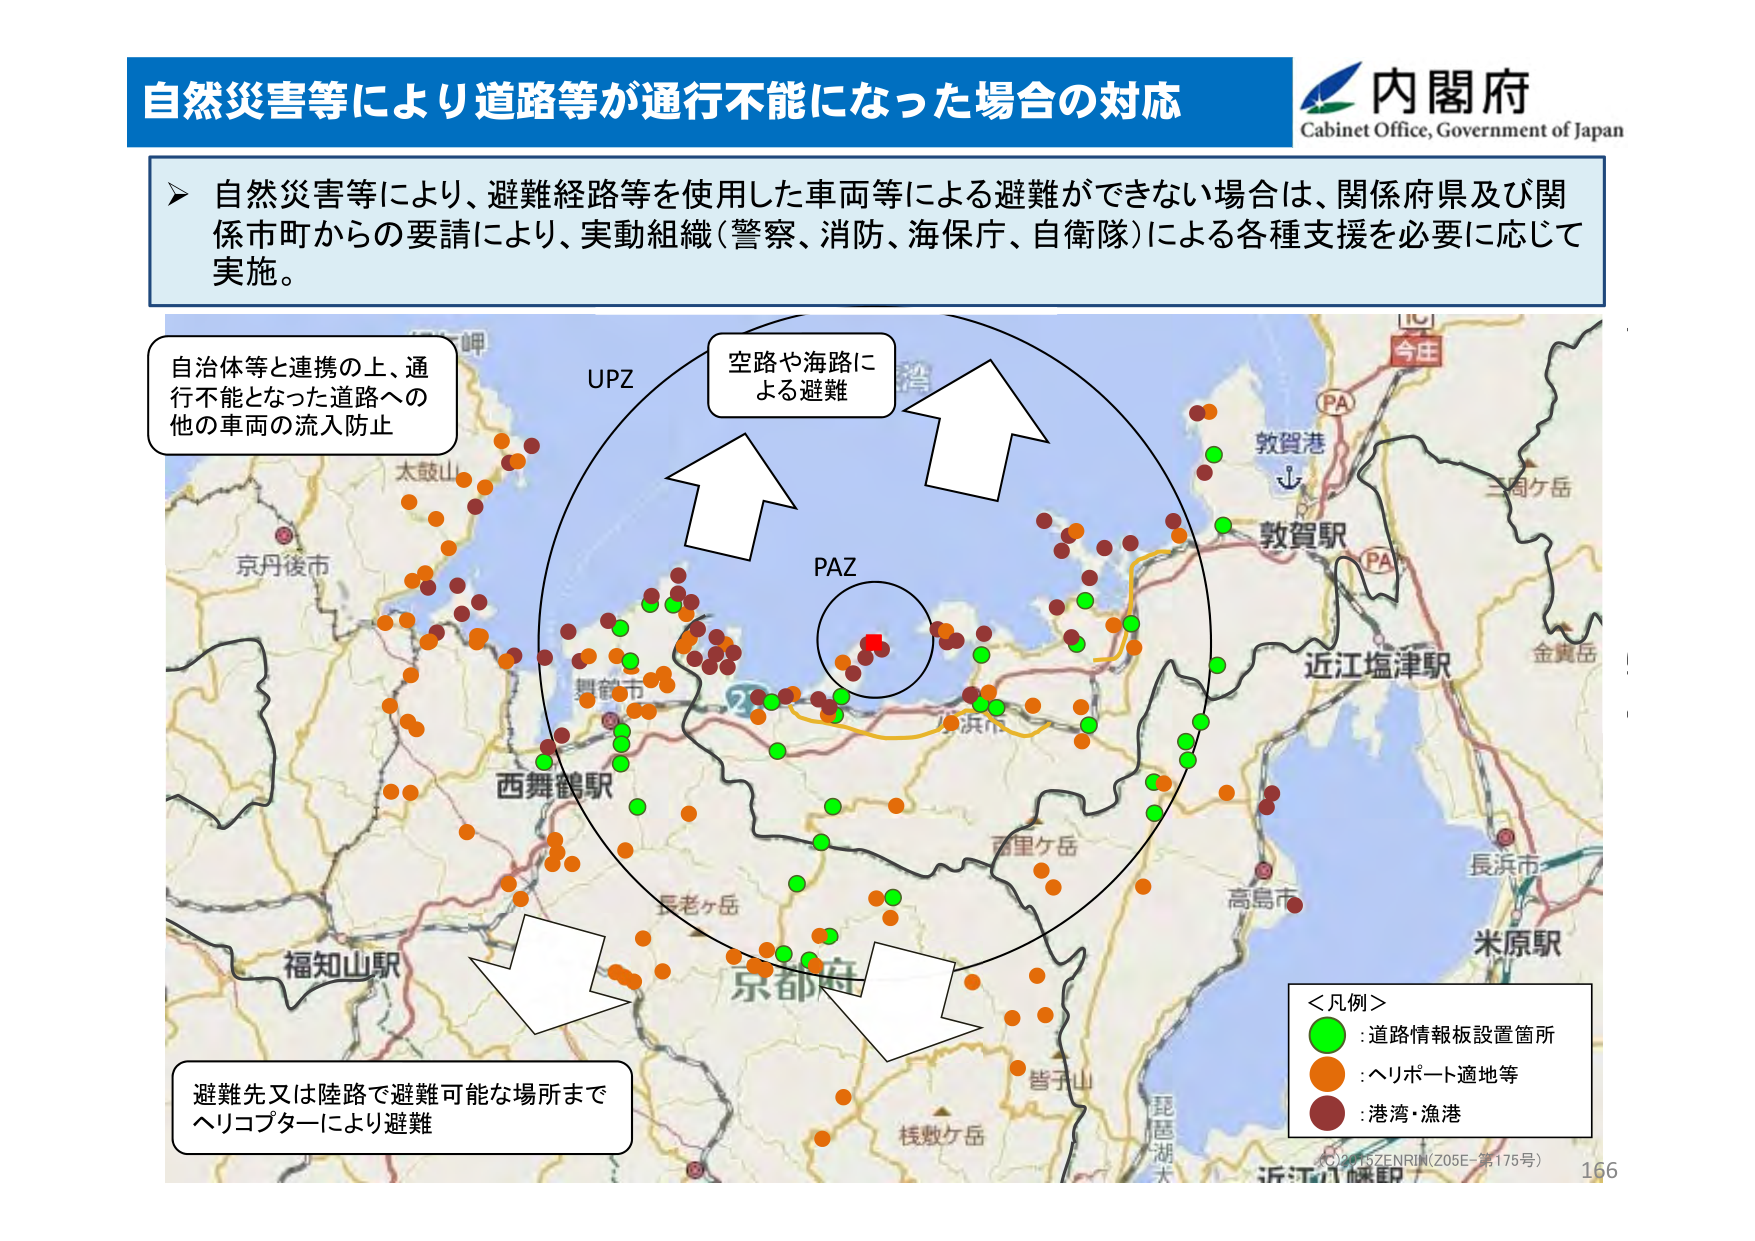
自然災害等により道路等が通行不能になった場合の対応
内閣府
Cabinet Office, Government of Japan

自然災害等により、避難経路等を使用した車両等による避難ができない場合は、関係府県及び関係市町からの要請により、実動組織（警察、消防、海保庁、自衛隊）による各種支援を必要に応じて実施。

自治体等と連携の上、通行不能となった道路への他の車両の流入防止

空路や海路による避難

UPZ
PAZ

避難先又は陸路で避難可能な場所までヘリコプターにより避難

＜凡例＞
:道路情報板設置箇所
:ヘリポート適地等
:港湾・漁港

今庄
敦賀港
敦賀駅
近江塩津駅
金黄岳
長浜市
米原駅
高島市
西舞鶴駅
福知山駅
京都府
皆子山
琵琶湖
桟敷ヶ岳
長老ヶ岳
西里ヶ岳
太鼓山
京丹後市
PA
PA

AO2015ZENRIN（Z05E-第175号）
166